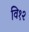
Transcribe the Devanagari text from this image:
वि१२